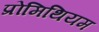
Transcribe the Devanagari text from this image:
प्रोमिथियम